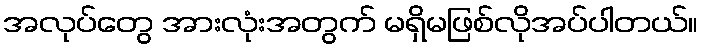
အလုပ်တွေ အားလုံးအတွက် မရှိမဖြစ်လိုအပ်ပါတယ်။